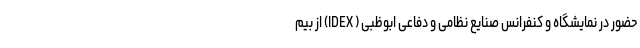
حضور در نمایشگاه و کنفرانس صنایع نظامی و دفاعی ابوظبی ( IDEX) از بیم